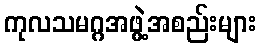
ကုလသမဂ္ဂအဖွဲ့အစည်းများ